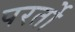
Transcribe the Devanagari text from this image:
परर्तो